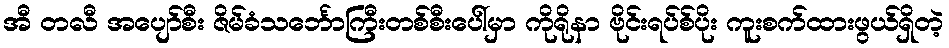
အီ တလီ အပျော်စီး ဇိမ်ခံသင်္ဘောကြီးတစ်စီးပေါ်မှာ ကိုရိုနာ ဗိုင်းရပ်စ်ပိုး ကူးစက်ထားဖွယ်ရှိတဲ့